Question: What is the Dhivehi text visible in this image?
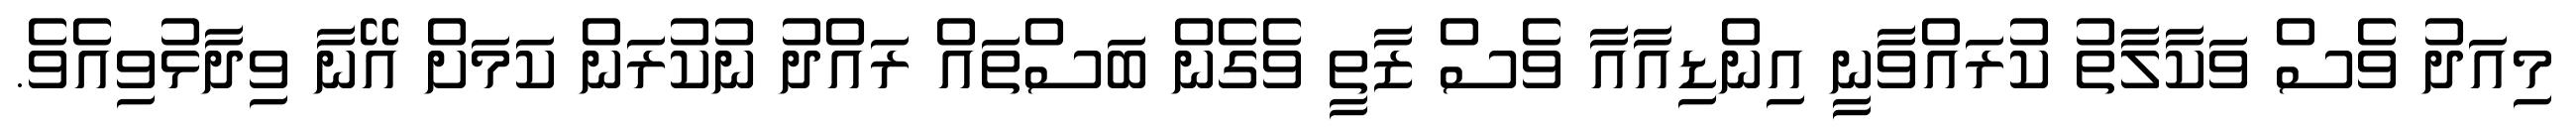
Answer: މިއަދު ވެސް ވަކާލާތު ކުރައްވާނީ އިންޑިއާއާ ވެސް ޒާތީ ވެގެން ބަސްތައް ރައްދު ނުކުރަން ކަމަށް އޭނާ ވިދާޅުވިއެވެ.